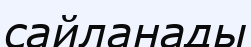
сайланады